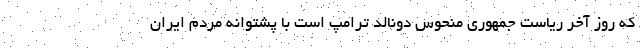
که روز آخر ریاست جمهوری منحوس دونالد ترامپ است با پشتوانه مردم ایران